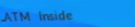
ATM Inside